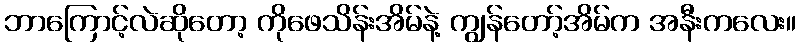
ဘာကြောင့်လဲဆိုတော့ ကိုဖေသိန်းအိမ်နဲ့ ကျွန်တော့်အိမ်က အနီးကလေး။